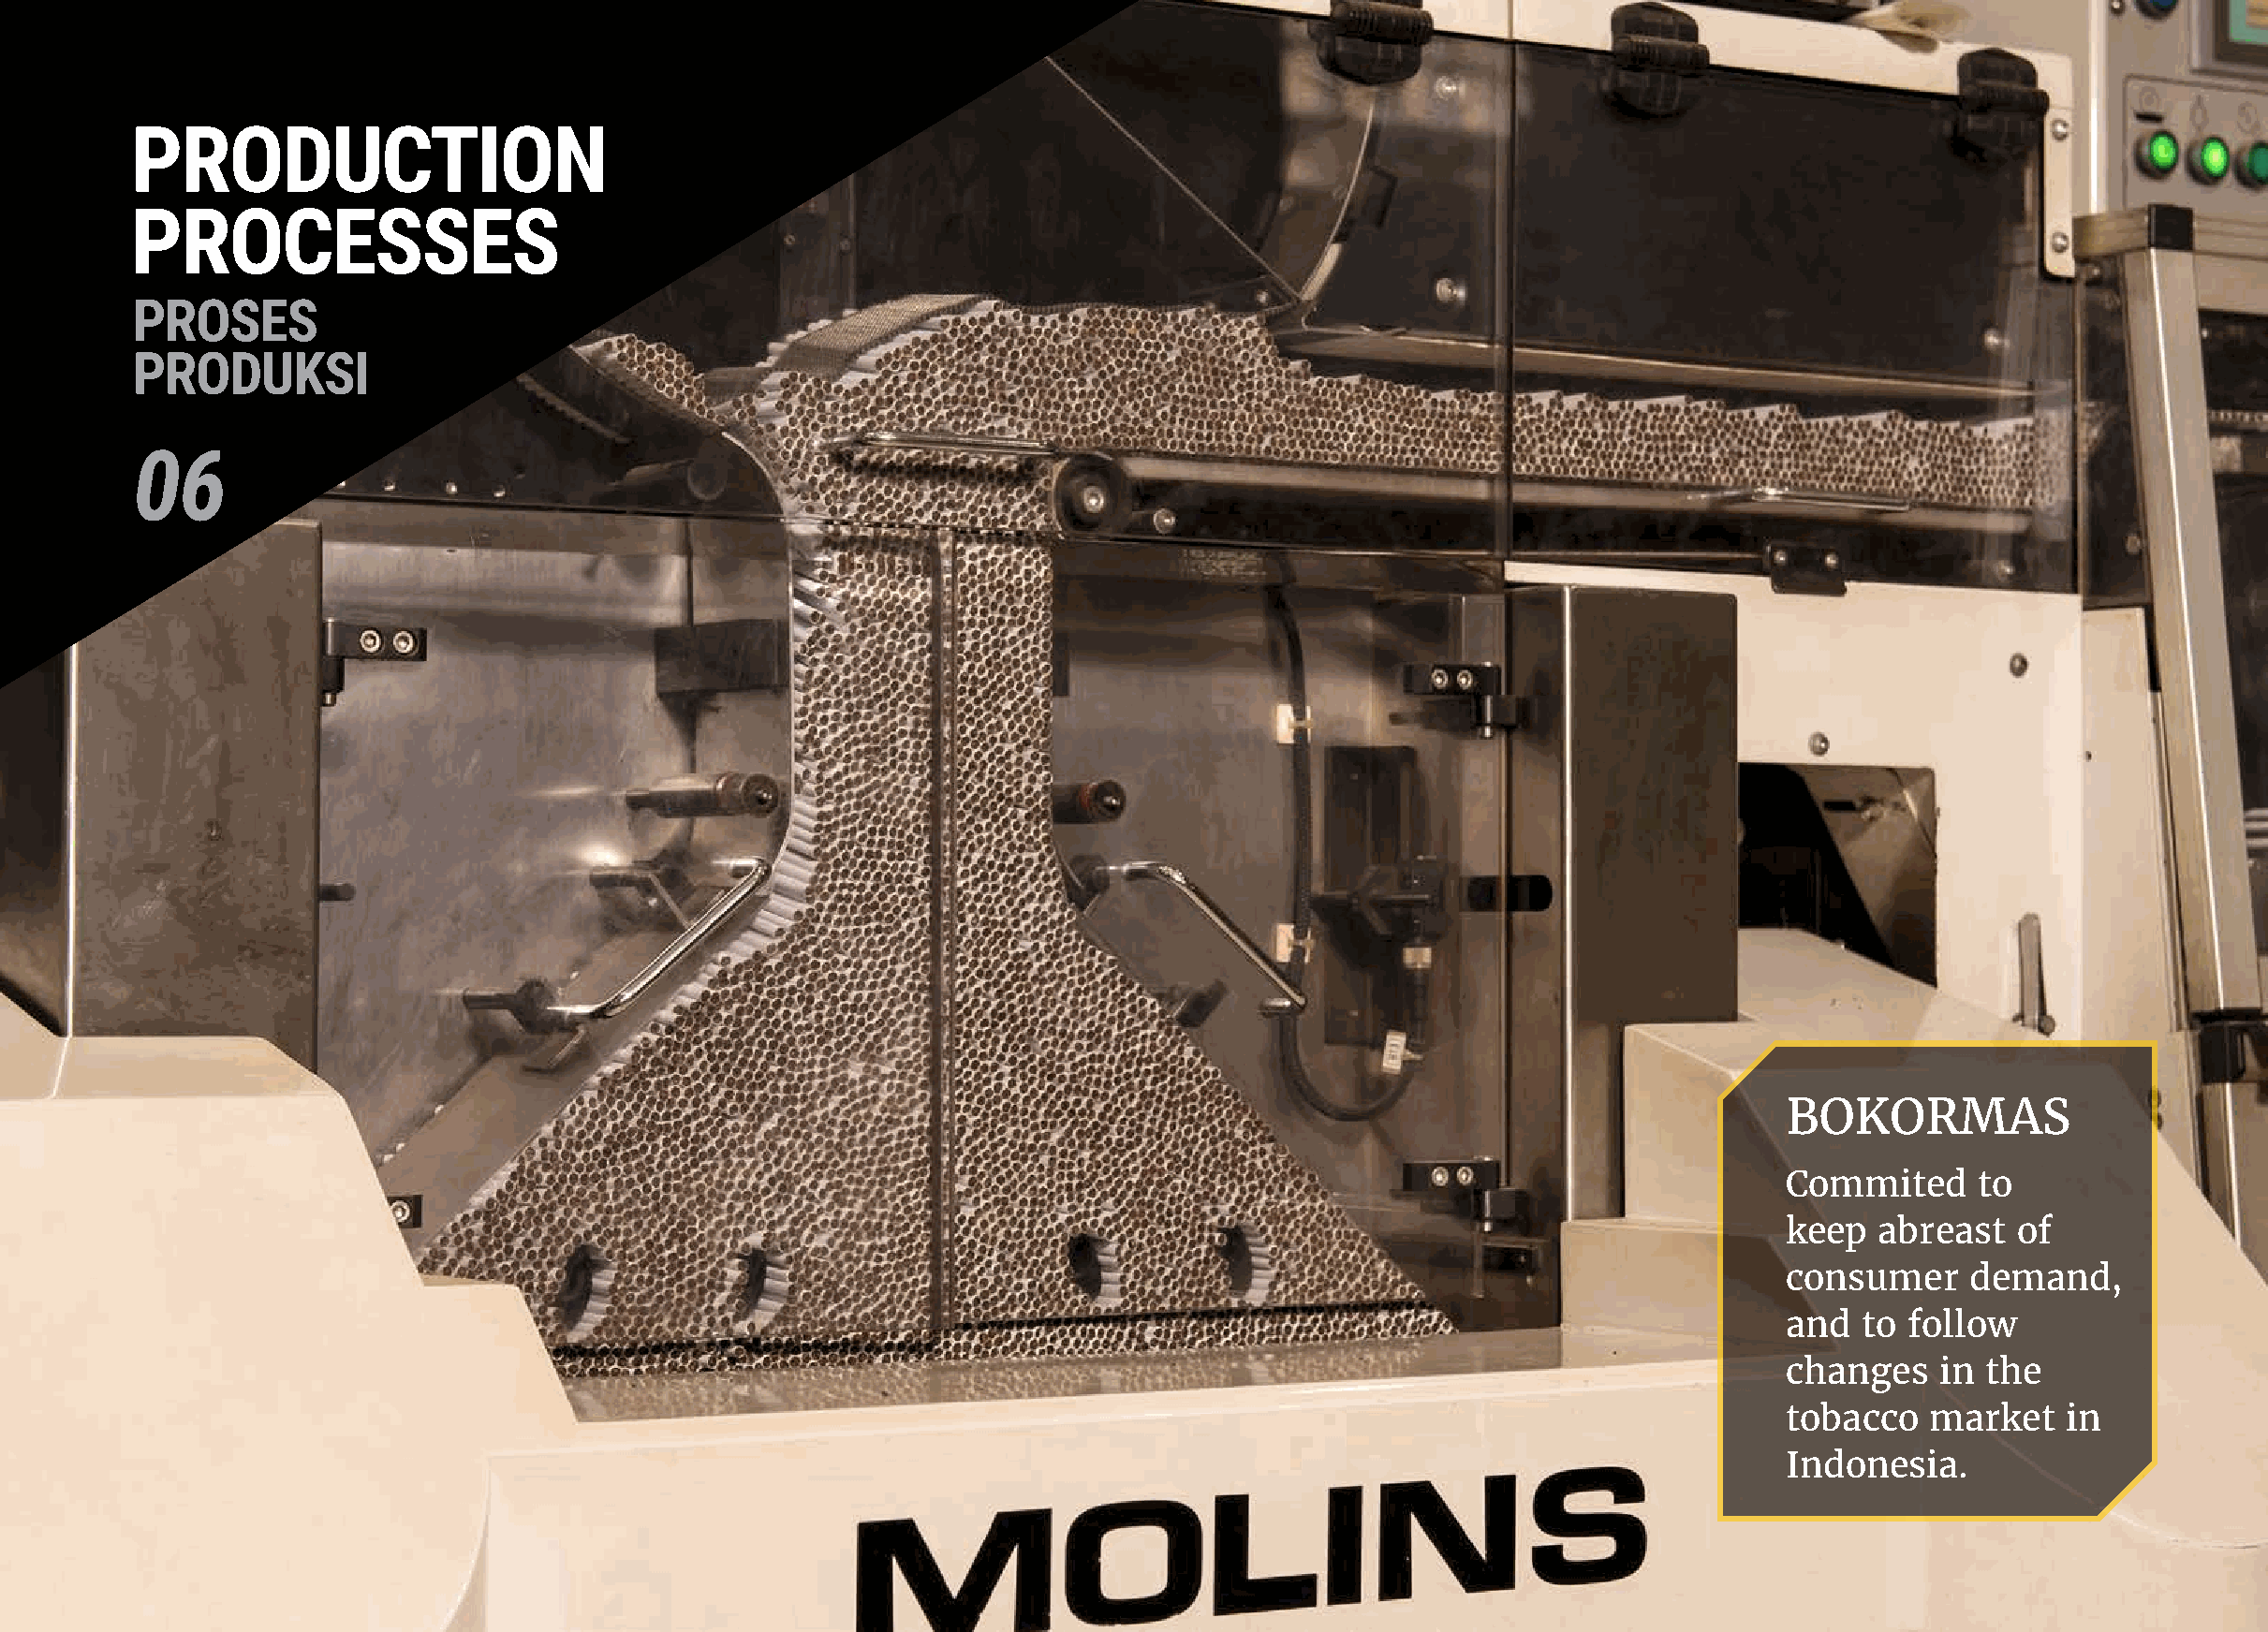
PRODUCTION
 PROCESSES
 PROSES
 PRODUKSI
 06
 BOKORMAS
 Commited      to
 keep   abreast   of
 consumer     demand,
 and   to follow
 changes    in the
 tobacco   market    in
 Indonesia.